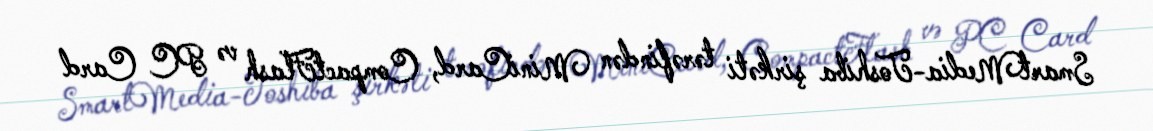
SmartMedia-Toshiba şirkəti tərəfindən MiniCard, CompactFlash və PC Card